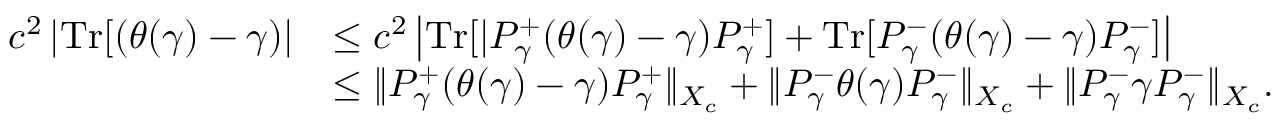
\begin{array} { r l } { c ^ { 2 } \left| { \mathrm { T r } } [ ( \theta ( \gamma ) - \gamma ) \right| } & { \leq c ^ { 2 } \left| { \mathrm { T r } } [ | P _ { \gamma } ^ { + } ( \theta ( \gamma ) - \gamma ) P _ { \gamma } ^ { + } ] + { \mathrm { T r } } [ P _ { \gamma } ^ { - } ( \theta ( \gamma ) - \gamma ) P _ { \gamma } ^ { - } ] \right| } \\ & { \leq \| P _ { \gamma } ^ { + } ( \theta ( \gamma ) - \gamma ) P _ { \gamma } ^ { + } \| _ { X _ { c } } + \| P _ { \gamma } ^ { - } \theta ( \gamma ) P _ { \gamma } ^ { - } \| _ { X _ { c } } + \| P _ { \gamma } ^ { - } \gamma P _ { \gamma } ^ { - } \| _ { X _ { c } } . } \end{array}